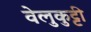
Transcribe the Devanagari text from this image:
वेलुकुट्टी